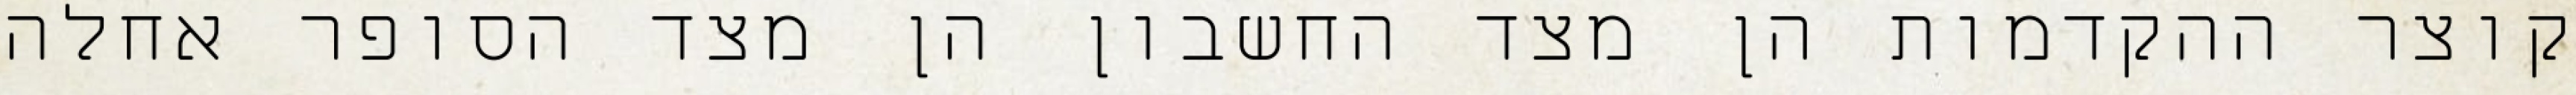
קוצר ההקדמות הן מצד החשבון הן מצד הסופר אחלה